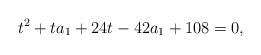
LaTeX: \begin{align*}t^2+ta_1+24t-42a_1+108=0,\end{align*}